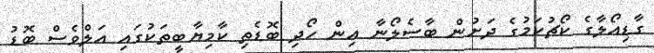
ގާޑިއޯލާގެ ކޯޗުކަމުގެ ދަށުން ބާސެލޯނާ އިން ހޯދި ބޮޑެތި ކާމިޔާބީތަކުގައި އަލްވެސް ބޮޑު